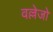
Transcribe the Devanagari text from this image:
वल्लेजो